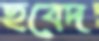
ছবেদ